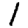
Digit: 1